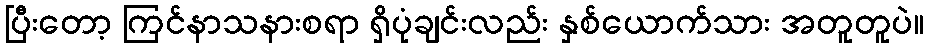
ပြီးတော့ ကြင်နာသနားစရာ ရှိပုံချင်းလည်း နှစ်ယောက်သား အတူတူပဲ။